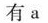
有a